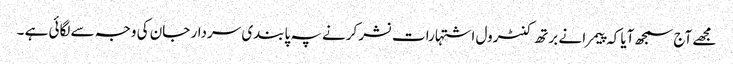
مجھے آج سمجھ آیا کہ پیمرا نے برتھ کنٹرول اشتہارات نشر کرنے پہ پابندی سردار جان کی وجہ سے لگائی ہے ۔